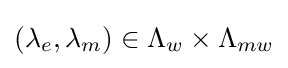
(\lambda _{e},\lambda _{m})\in \Lambda _{w}\times \Lambda _{mw}